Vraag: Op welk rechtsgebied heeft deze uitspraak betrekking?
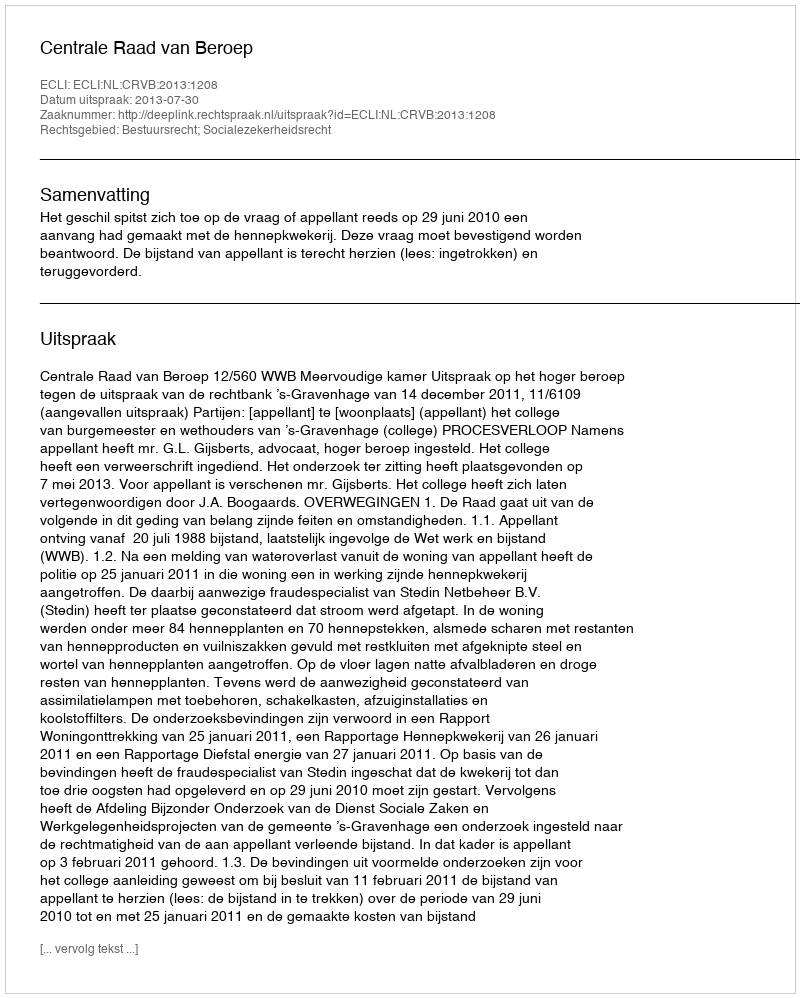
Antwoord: Bestuursrecht; Socialezekerheidsrecht